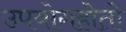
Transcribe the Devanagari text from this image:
उपयोगहोतो